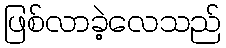
ဖြစ်လာခဲ့လေသည်